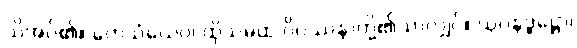
သိအပ်၏။ တေသံယေဝ၊ ထိုသမထ ဝိပဿနာတို့၏သာလျှင်။ ယုဂနဒ္ဓဋ္ဌော၊